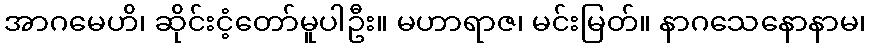
အာဂမေဟိ၊ ဆိုင်းငံ့တော်မူပါဦး။ မဟာရာဇ၊ မင်းမြတ်။ နာဂသေနောနာမ၊